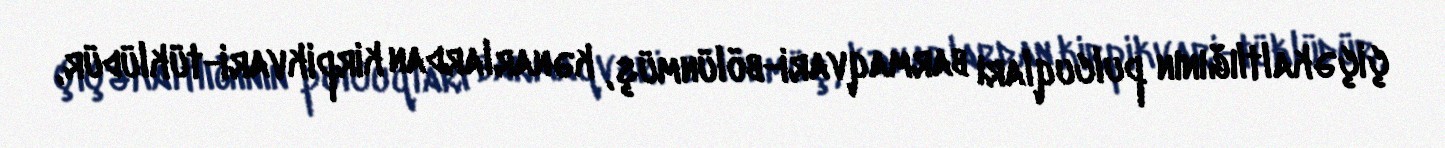
çiçəkaltlığının pulcuqları barmaqvari-bölünmüş, kənarlardan kirpikvari-tüklüdür,